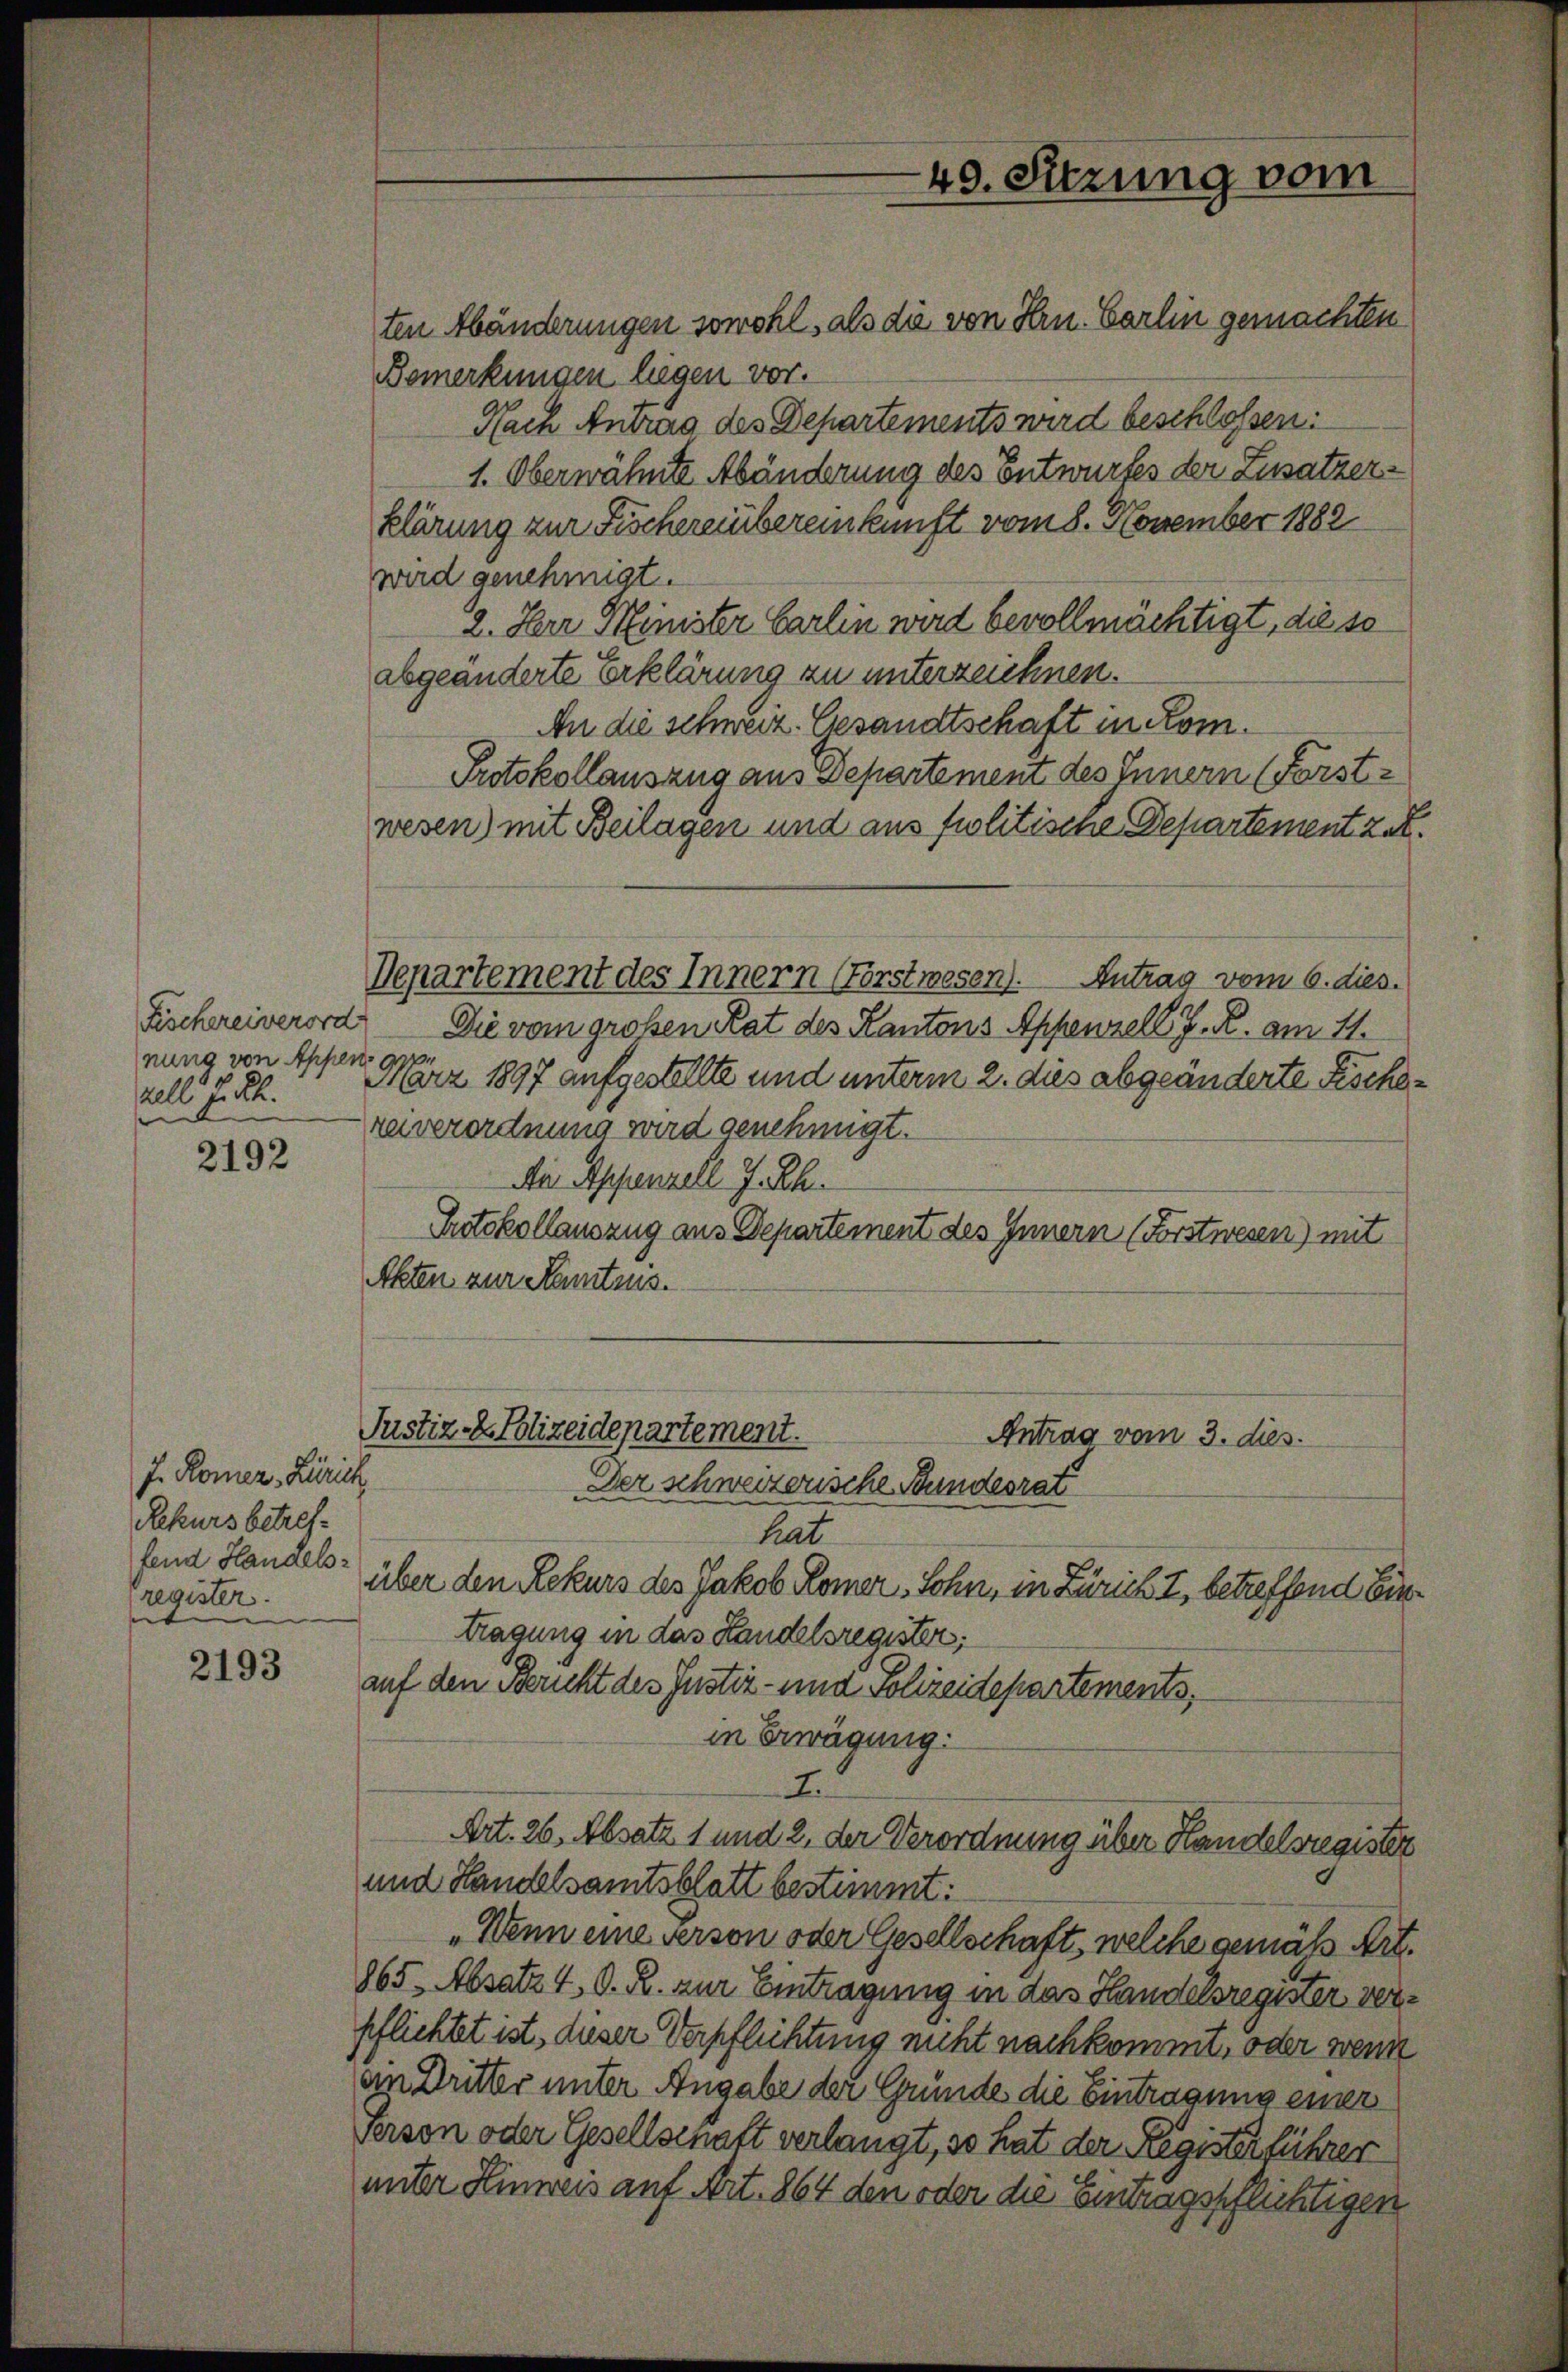
Fischereiverord
nung von Appen.
All Jul.

2192

2193

J. Romez - Zürich
Rekurs betreffend Handels-
register.

ten Abänderungen sowohl, als die von Hrn. Carlin gemachten
Bemerkungen liegen vor.
Nach Antrag des Departements wird beschlossen:
1. Oberwähnte Abänderung des Entwurfes der Zusatzerklärung zur Fischer übereinkunft vom 8. November 1882
wird genehmigt.
2. Herr Minister Carlin wird bevollmächtigt, die so
abgeänderte Erklärung zu unterzeichnen.
An die schweiz. Gesandtschaft in Kom¬
Protokollauszug aus Departement des Innern (Forst-
wesen) mit Beilagen und aus fuolitische Departement zet.
Departement des Innern (Forstwesen). Antrag vom 6. dies.
Die vom großen Rat des Kantons Appenzell J. R. am 11.
März 1897 aufgestellte und unterm 2. dies abgeänderte Fischereiverordnung wird genehmigt.
de Appenzell I.-Rh.
Protokollauszug aus Departement des Innern (Forstwesen) mit
Akten zur Kantons.

49. Sitzung vom

Justiz - Polizeidepartement.
Antrag vom 3. dies
Der schweizerische Bundesrat

heat
über den Rekurs des Jakob Homer, Sohn, in Zürich I, betreffend Eintragung in das Landelsregister:
auf den Bericht des Justiz- und Polizeidepartements,
in Erwägung:
E
Art. 26, Absatz 1 und 2, der Verordnung über Handelsregister
und Handelsamtsblatt bestimmt:
„Wenn eine verson oder Gesellschaft, welche gemäß Art.
865 Absatz 4. d. R. zur Eintragung in das Handelsregister verpflichtet ist, dieser Verpflichtung nicht nachkommt, oder wenn
an Dritter unter Angabe der Gründe die Eintragung einer
Person oder Gesellschaft verlangt, so hat der Registerführer
unter Hinweis auf Art. 864 den oder die Eintragspflichtigen